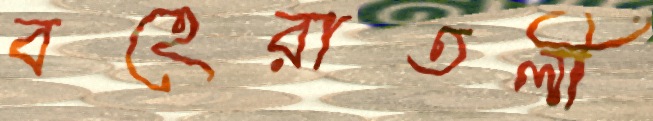
বহেরাতলী